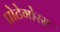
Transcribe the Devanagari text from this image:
प्रोटेगोरस